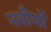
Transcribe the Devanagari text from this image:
नबीयों